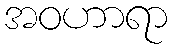
အဝဟာရာ